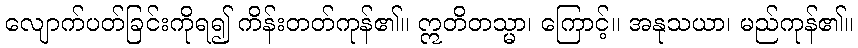
လျောက်ပတ်ခြင်းကိုရ၍ ကိန်းတတ်ကုန်၏။ ဣတိတသ္မာ၊ ကြောင့်။ အနုသယာ၊ မည်ကုန်၏။